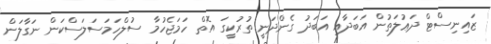
ޒައިނިސްޓް ދަޢުލަތުން އަބަދާއި އަބަދު ގެންދަނީ ތުރުކީގަ އޮތް ހަމަޖެހުމާ ސުލްހަމަސަލަސްކަން ނަގާލަން